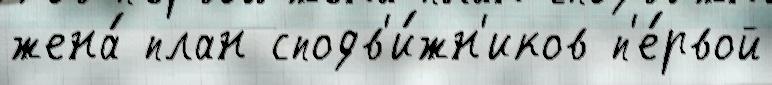
жена́ план сподв'и́жн'иков п'е́рвой